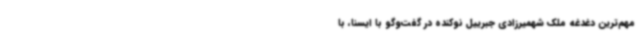
مهم‌ترین دغدغه ملک شهمیرزادی جبرییل نوکنده در گفت‌وگو با ایسنا، با